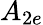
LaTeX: A_{2e}